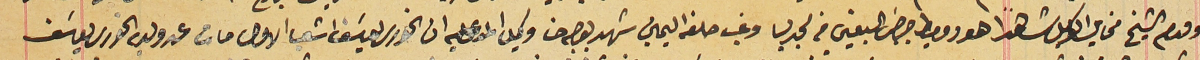
و قدم الشيخ مخايل الوكيل شاهداً هو دوميط جرجسَ البعينى من مجدليا وغب حلفه اليمين شهد بوجه حنا وكيل المدعى عليه ان الخوري يوسَف اشعيا الاول مات عن ولديه الخوري يوسَف